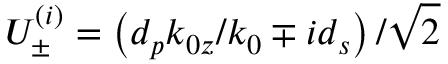
U _ { \pm } ^ { ( i ) } = \left( d _ { p } k _ { 0 z } / k _ { 0 } \mp i d _ { s } \right) / \sqrt { 2 }